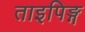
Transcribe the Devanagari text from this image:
ताइपिङ्ग